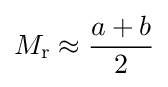
M_{\text{r}}\approx {\frac {a+b}{2}}